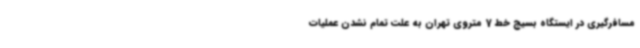
مسافرگیری در ایستگاه بسیج خط 7 متروی تهران به علت تمام نشدن عملیات